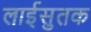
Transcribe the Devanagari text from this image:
लाईसुतक